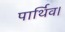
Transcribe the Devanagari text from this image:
पार्थिव।